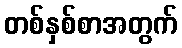
တစ်နှစ်စာအတွက်